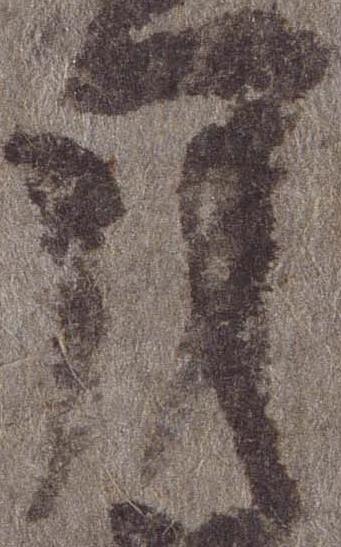
月